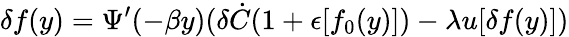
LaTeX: \delta f(y)=\Psi^{\prime}(-\beta y)(\delta\dot{C}(1+\epsilon[f_{0}(y)])-\lambda u[\delta f(y)])